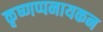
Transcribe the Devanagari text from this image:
कृष्णप्पनायकन